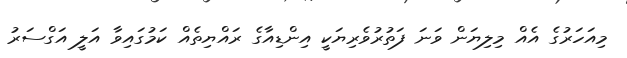
މިއަހަރުގެ އެއް މިލިޔަން ވަނަ ފަތުރުވެރިޔަކީ އިންޑިއާގެ ރައްޔިތެއް ކަމުގައިވާ އަލީ އަގްސަރު